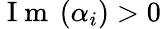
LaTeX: \mathrm{~I~m~}\left(\alpha_{i}\right)>0